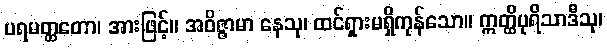
ပရမတ္ထတော၊ အားဖြင့်။ အဝိဇ္ဇာမာ နေသု၊ ထင်ရှားမရှိကုန်သော။ ဣတ္ထိပုရိသာဒီသု၊